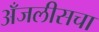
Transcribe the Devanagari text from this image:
अँजलीसचा